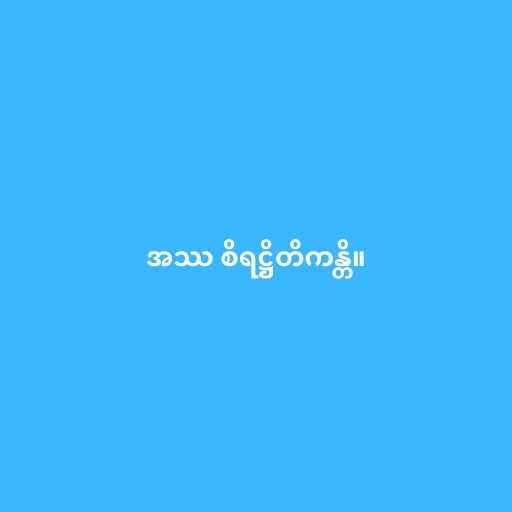
အဿ စိရဋ္ဌိတိကန္တိ။